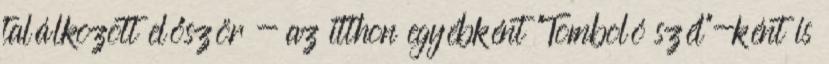
találkozott először - az itthon egyébként "Tomboló szél"-ként is